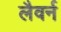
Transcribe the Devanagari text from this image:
लैवर्न